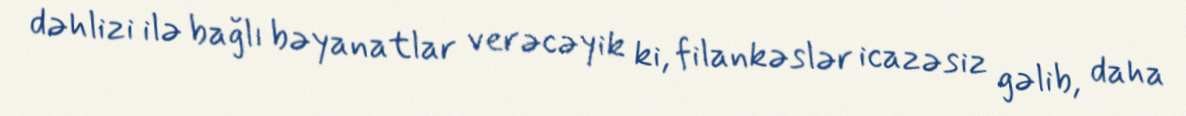
dəhlizi ilə bağlı bəyanatlar verəcəyik ki, filankəslər icazəsiz gəlib, daha